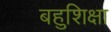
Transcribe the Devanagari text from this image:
बहुशिक्षा